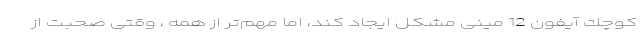
كوچك آیفون 12 مینی مشكل ایجاد كند، اما مهم‌تر از همه ، وقتی صحبت از